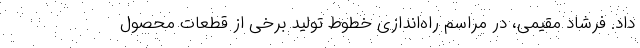
داد. فرشاد مقیمی، در مراسم راه‌اندازی خطوط تولید برخی از قطعات محصول